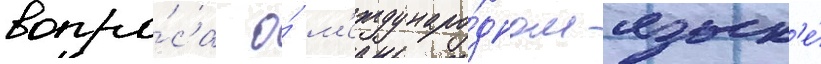
вопро́са о́ м'еждунаро́дном язык'е́